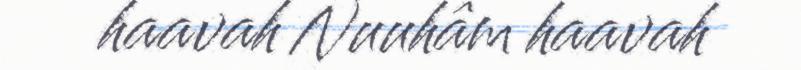
haavah Nuuhâm haavah